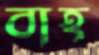
বাহ